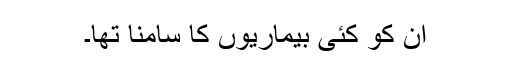
ان کو کئی بیماریوں کا سامنا تھا۔